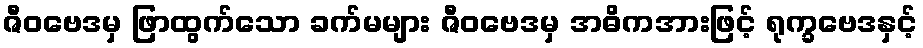
ဇီဝဗေဒမှ ဖြာထွက်သော ခက်မများ ဇီဝဗေဒမှ အဓိကအားဖြင့် ရုက္ခဗေဒနှင့်